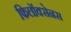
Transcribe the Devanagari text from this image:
फिलॉक्सेनस